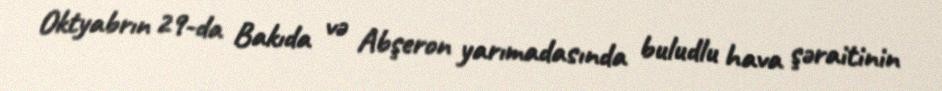
Oktyabrın 29-da Bakıda və Abşeron yarımadasında buludlu hava şəraitinin